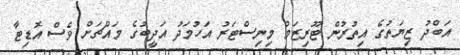
އަބްދު ޒިޔަތުގެ އިތުރުން ޓޫރިޒަމް މިނިސްޓަރު އަހުމަދު އަދީބުގެ މައްޗަށް ވެސް އޮޑިޓާ